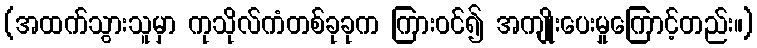
(အထက်သွားသူမှာ ကုသိုလ်ကံတစ်ခုခုက ကြားဝင်၍ အကျိုးပေးမှုကြောင့်တည်း။)